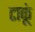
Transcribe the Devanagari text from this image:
टाकूं